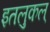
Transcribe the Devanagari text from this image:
इतलुकल्